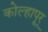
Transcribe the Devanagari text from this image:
कोल्हापूर्